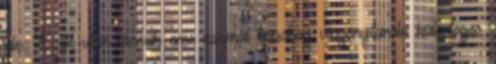
jele. Ezek után lássuk eme normál típushoz viszonyítandó különleges